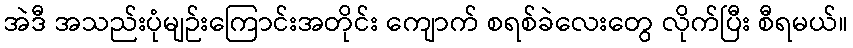
အဲဒီ အသည်းပုံမျဉ်းကြောင်းအတိုင်း ကျောက် စရစ်ခဲလေးတွေ လိုက်ပြီး စီရမယ်။